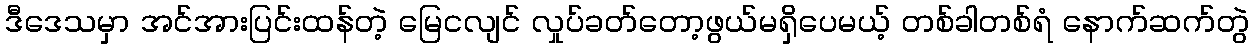
ဒီဒေသမှာ အင်အားပြင်းထန်တဲ့ မြေငလျင် လှုပ်ခတ်တော့ဖွယ်မရှိပေမယ့် တစ်ခါတစ်ရံ နောက်ဆက်တွဲ